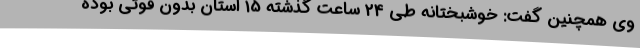
وی همچنین گفت: خوشبختانه طی 24 ساعت گذشته 15 استان بدون فوتی بوده